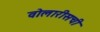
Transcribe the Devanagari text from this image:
वोलारीसची